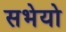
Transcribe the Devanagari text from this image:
सभेयो